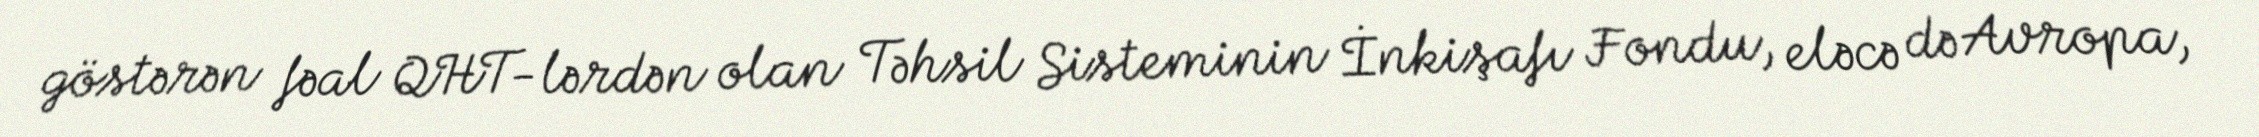
göstərən fəal QHT-lərdən olan Təhsil Sisteminin İnkişafı Fondu, eləcə də Avropa,